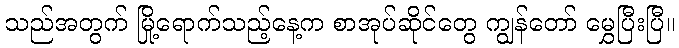
သည်အတွက် မြို့ရောက်သည့်နေ့က စာအုပ်ဆိုင်တွေ ကျွန်တော် မွှေပြီးပြီ။